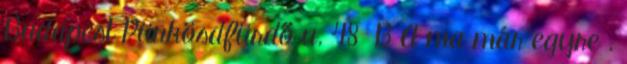
Budapest Pünkösdfürdő u. 48 B A ma már egyre .